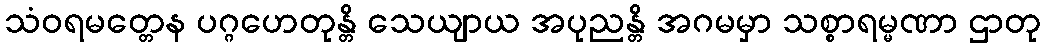
သံဝရမတ္တေန ပဂ္ဂဟေတုန္တိ သေယျာယ အပုညန္တိ အဂမမှာ သစ္စာရမ္မဏာ ဌာတု